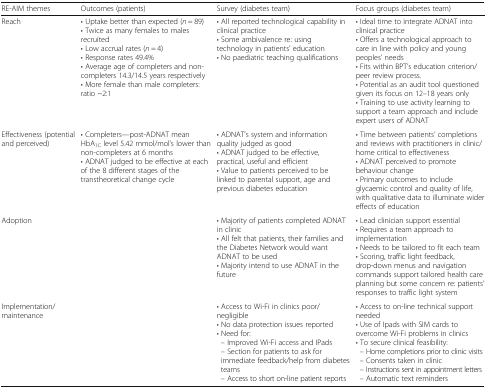
<table><thead><tr><td><b>RE-AIM themes</b></td><td><b>Outcomes (patients)</b></td><td><b>Survey (diabetes team)</b></td><td><b>Focus groups (diabetes team)</b></td></tr></thead><tbody><tr><td>Reach</td><td>• Uptake better than expected (<i>n</i> = 89)• Twice as many females to males recruited• Low accrual rates (<i>n</i> = 4)• Response rates 49.4%• Average age of completers and non-completers 14.3/14.5 years respectively• More female than male completers: ratio ~2:1</td><td>• All reported technological capability in clinical practice• Some ambivalence re: using technology in patients’ education• No paediatric teaching qualifications</td><td>• Ideal time to integrate ADNAT into clinical practice• Offers a technological approach to care in line with policy and young peoples’ needs• Fits within BPT’s education criterion/peer review process.• Potential as an audit tool questioned given its focus on 12–18 years only• Training to use activity learning to support a team approach and include expert users of ADNAT</td></tr><tr><td>Effectiveness (potential and perceived)</td><td>• Completers—post-ADNAT mean HbA<sub>1C</sub> level 5.42 mmol/mol’s lower than non-completers at 6 months• ADNAT judged to be effective at each of the 8 different stages of the transtheoretical change cycle</td><td>• ADNAT’s system and information quality judged as good• ADNAT judged to be effective, practical, useful and efficient• Value to patients perceived to be linked to parental support, age and previous diabetes education</td><td>• Time between patients’ completions and reviews with practitioners in clinic/home critical to effectiveness• ADNAT perceived to promote behaviour change• Primary outcomes to include glycaemic control and quality of life, with qualitative data to illuminate wider effects of education</td></tr><tr><td>Adoption</td><td></td><td>• Majority of patients completed ADNAT in clinic• All felt that patients, their families and the Diabetes Network would want ADNAT to be used• Majority intend to use ADNAT in the future</td><td>• Lead clinician support essential• Requires a team approach to implementation• Needs to be tailored to fit each team• Scoring, traffic light feedback, drop-down menus and navigation commands support tailored health care planning but some concern re: patients’ responses to traffic light system</td></tr><tr><td>Implementation/maintenance</td><td></td><td>• Access to Wi-Fi in clinics poor/negligible• No data protection issues reported• Need for: – Improved Wi-Fi access and IPads – Section for patients to ask for immediate feedback/help from diabetes teams – Access to short on-line patient reports</td><td>• Access to on-line technical support needed• Use of Ipads with SIM cards to overcome Wi-Fi problems in clinics• To secure clinical feasibility: – Home completions prior to clinic visits – Consents taken in clinic – Instructions sent in appointment letters – Automatic text reminders</td></tr></tbody></table>